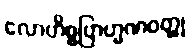
လောဟိစ္စဗြာဟ္မဏဝတ္ထု